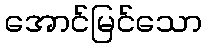
အောင်မြင်သော